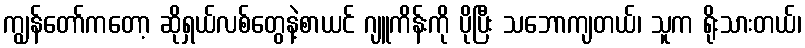
ကျွန်တော်ကတော့ ဆိုရှယ်လစ်တွေနဲ့စာယင် ဂျူကိန်းကို ပိုပြီး သဘောကျတယ်၊ သူက ရိုးသားတယ်၊